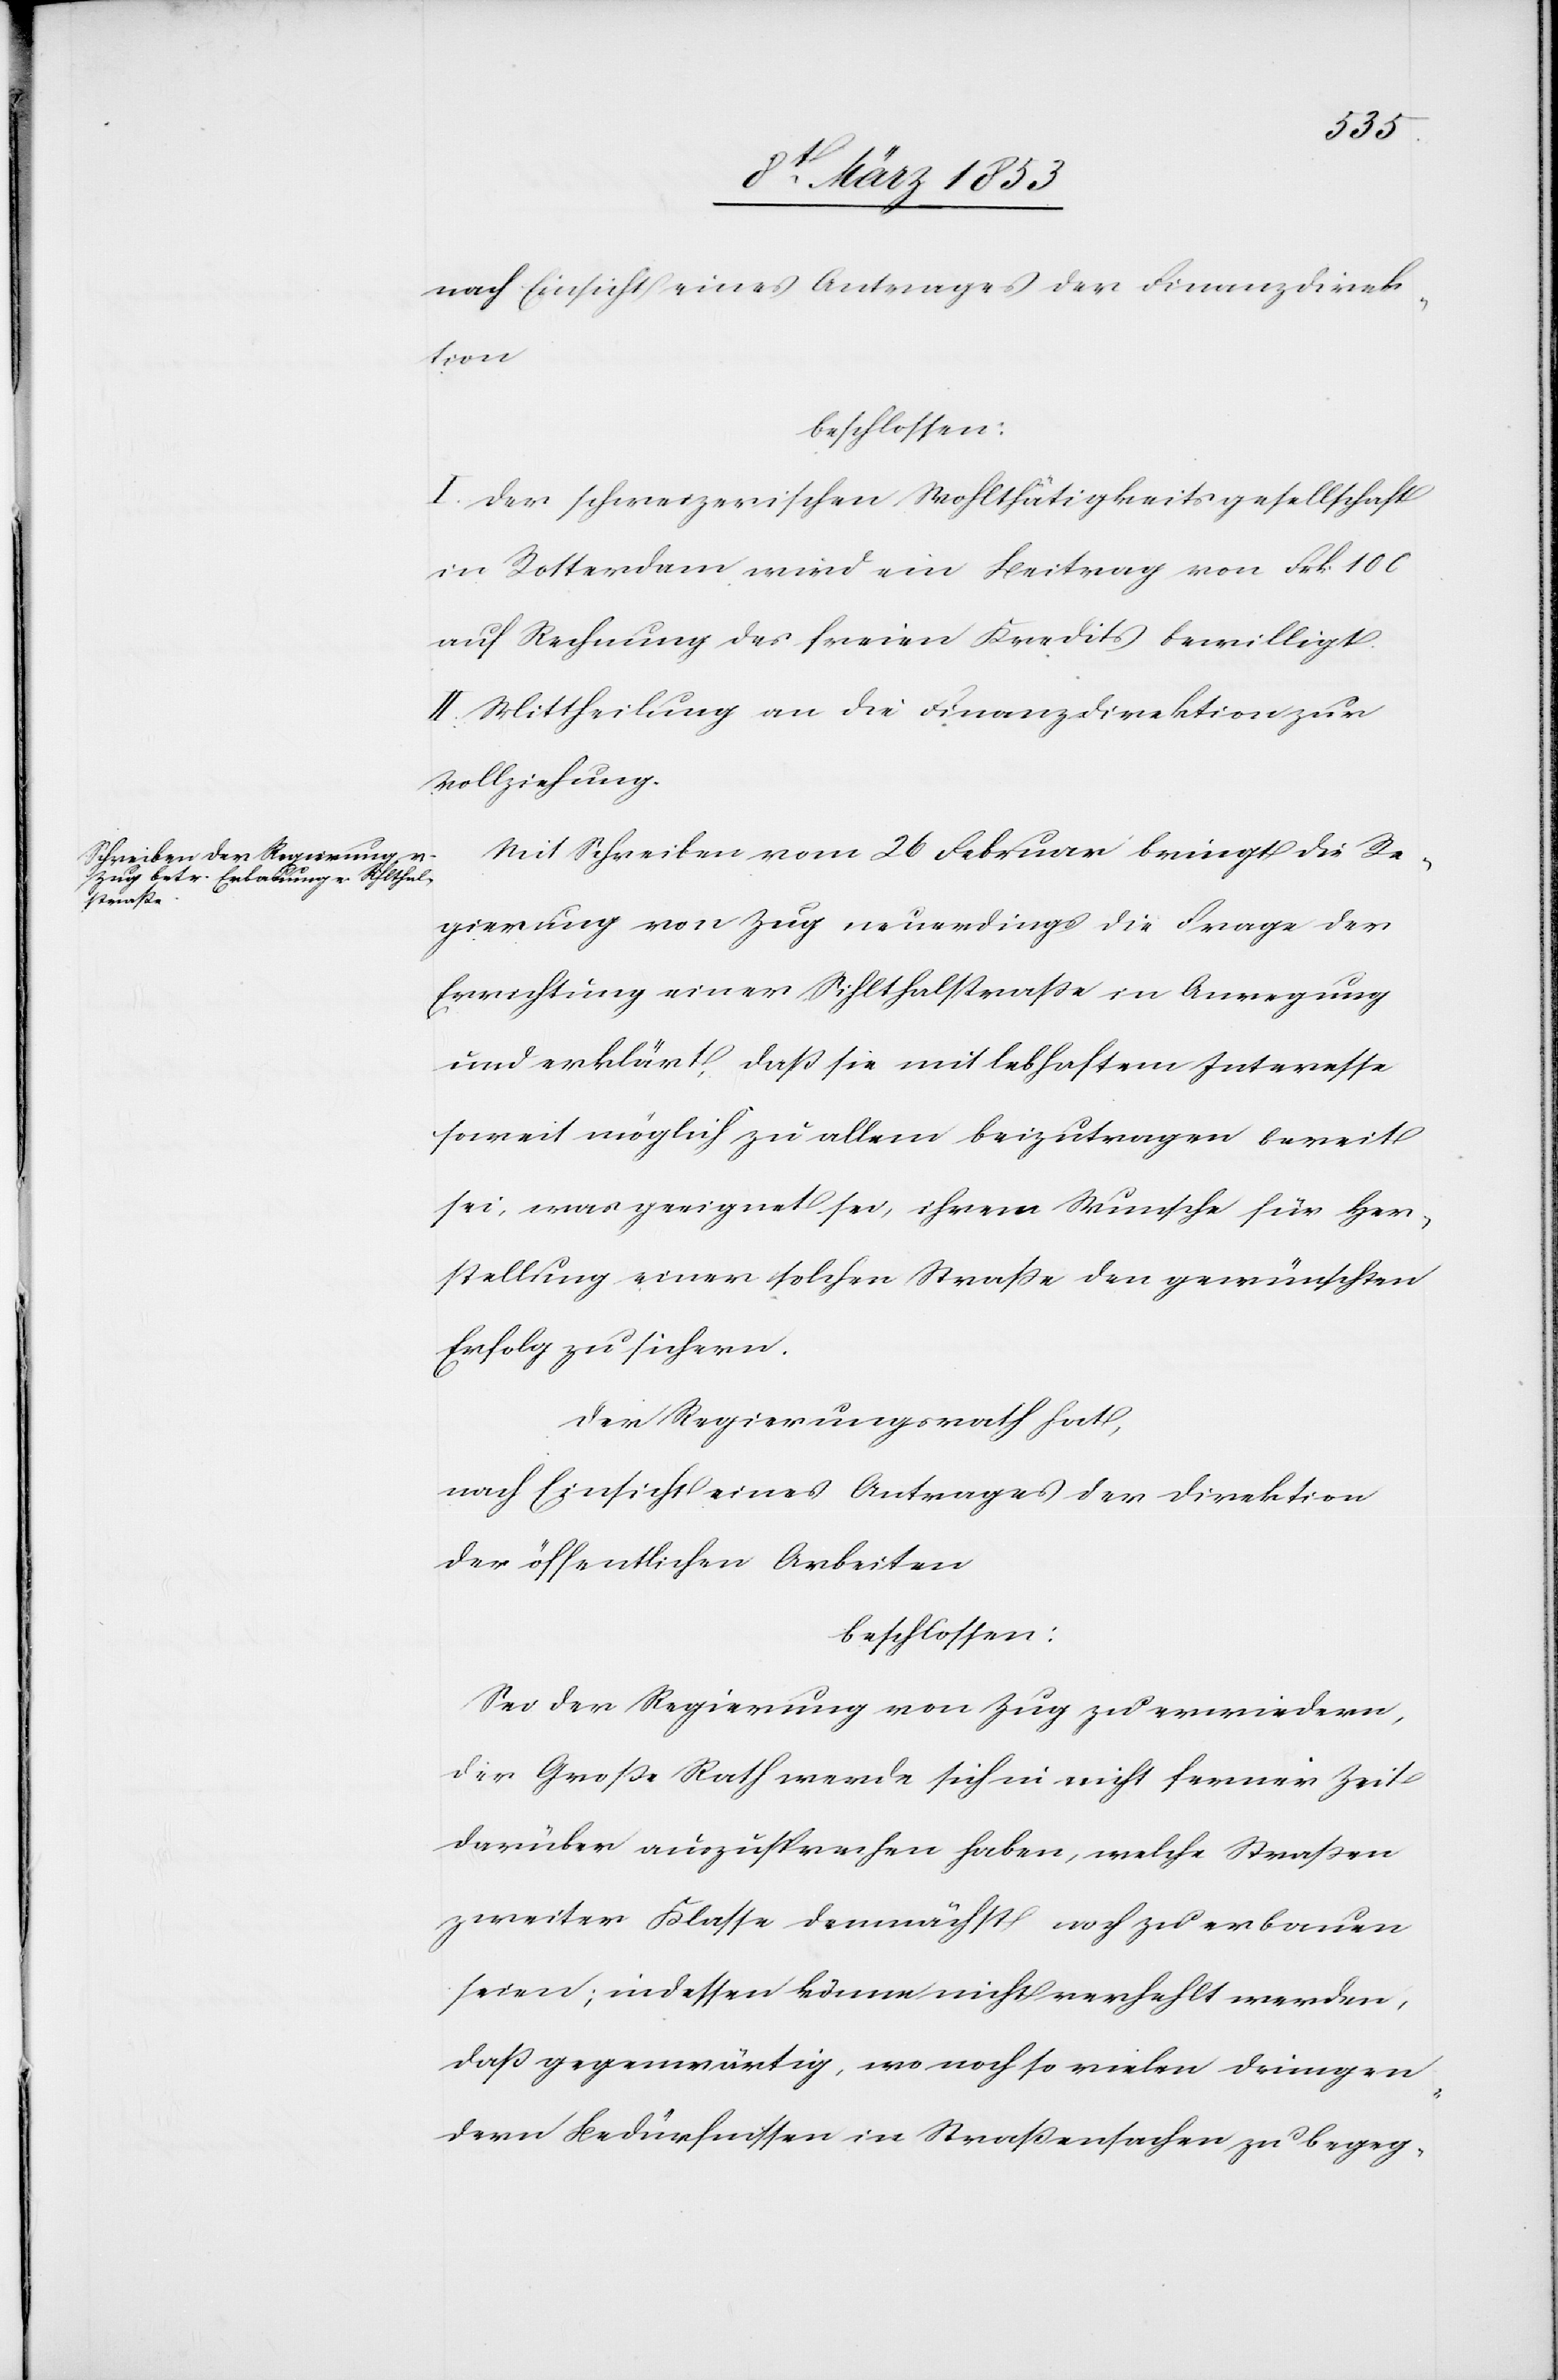
nach Einsicht eines Antrages der Finanzdirek¬
tion
beschlossen:
I. Der schweizerischen Wohlthätigkeitsgesellschaft
in Rotterdam wird ein Betrag von Frk. 100
auf Rechnung des freien Kredits bewilligt.
II. Mittheilung an die Finanzdirektion zur
Vollziehung.
Mit Schreiben vom 26 Februar bringt die Re¬
gierung von Zug neuerdings die Frage der
Errichtung einer Sihlthalstraße in Anregung
und erklärt, daß sie mit lebhaftem Interesse
soweit möglich zu allem beizutragen bereit
sei, was geeignet sei, ihrem Wunsche für Her¬
stellung einer solchen Straße den gewünschten
Erfolg zu sichern.
Der Regierungsrath hat,
nach Einsicht eines Antrages der Direktion
der öffentlichen Arbeiten
beschlossen:
Sei der Regierung von Zug zu erwiedern,
der Große Rath werde sich in nicht ferner Zeit
darüber auszusprechen haben, welche Straßen
zweiter Klasse demnächst noch zu erbauen
seien; indessen könne nicht verhehlt werden,
daß gegenwärtig, es noch so vielen dringen¬
den Bedürfnissen in Straßensachen zu begeg-